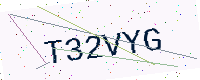
Text: T32VYG